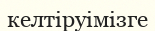
келтіруімізге